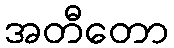
အတီတော